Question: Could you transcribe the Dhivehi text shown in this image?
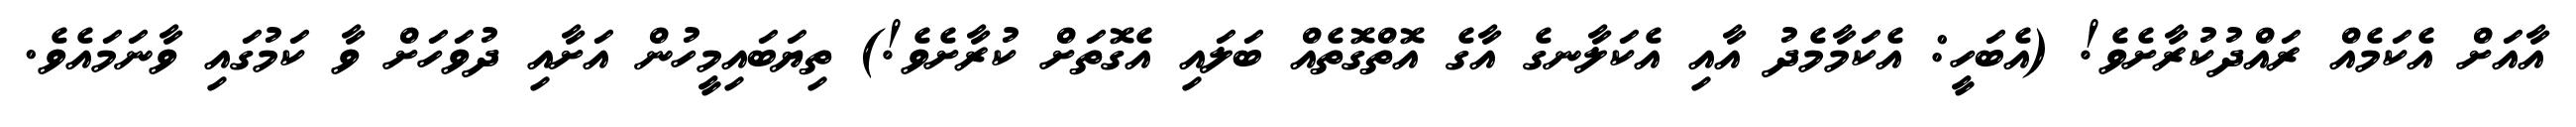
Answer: އާއަށް އެކަމެއް ރައްދުކުރާށެވެ! (އެބަހީ: އެކަމާމެދު އާއި އެކަލާނގެ އާގެ އޮތްގޮތެއް ބަލައި އެގޮތަށް ކުރާށެވެ!) ތިޔަބައިމީހުން އަށާއި ދުވަހަށް ވާ ކަމުގައި ވާނަމައެވެ.